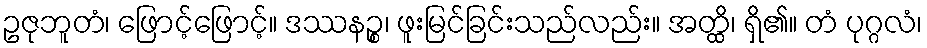
ဥဇုဘူတံ၊ ဖြောင့်ဖြောင့်။ ဒဿနဉ္စ၊ ဖူးမြင်ခြင်းသည်လည်း။ အတ္ထိ၊ ရှိ၏။ တံ ပုဂ္ဂလံ၊